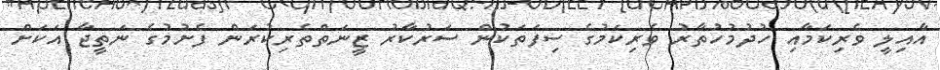
އާއިލީ ވެރިކަމާއި ހުދުމުހުތާރު ވެރިކަމުގެ ސިފަތަކުން ސަރުކާރު ޒީނަތްތެރިކުރަން ފެށުމުގެ ނަތީޖާ އަކަށް